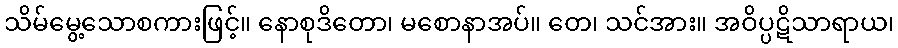
သိမ်မွေ့သောစကားဖြင့်။ နောစုဒိတော၊ မစောနာအပ်။ တေ၊ သင်အား။ အဝိပ္ပဋိသာရာယ၊